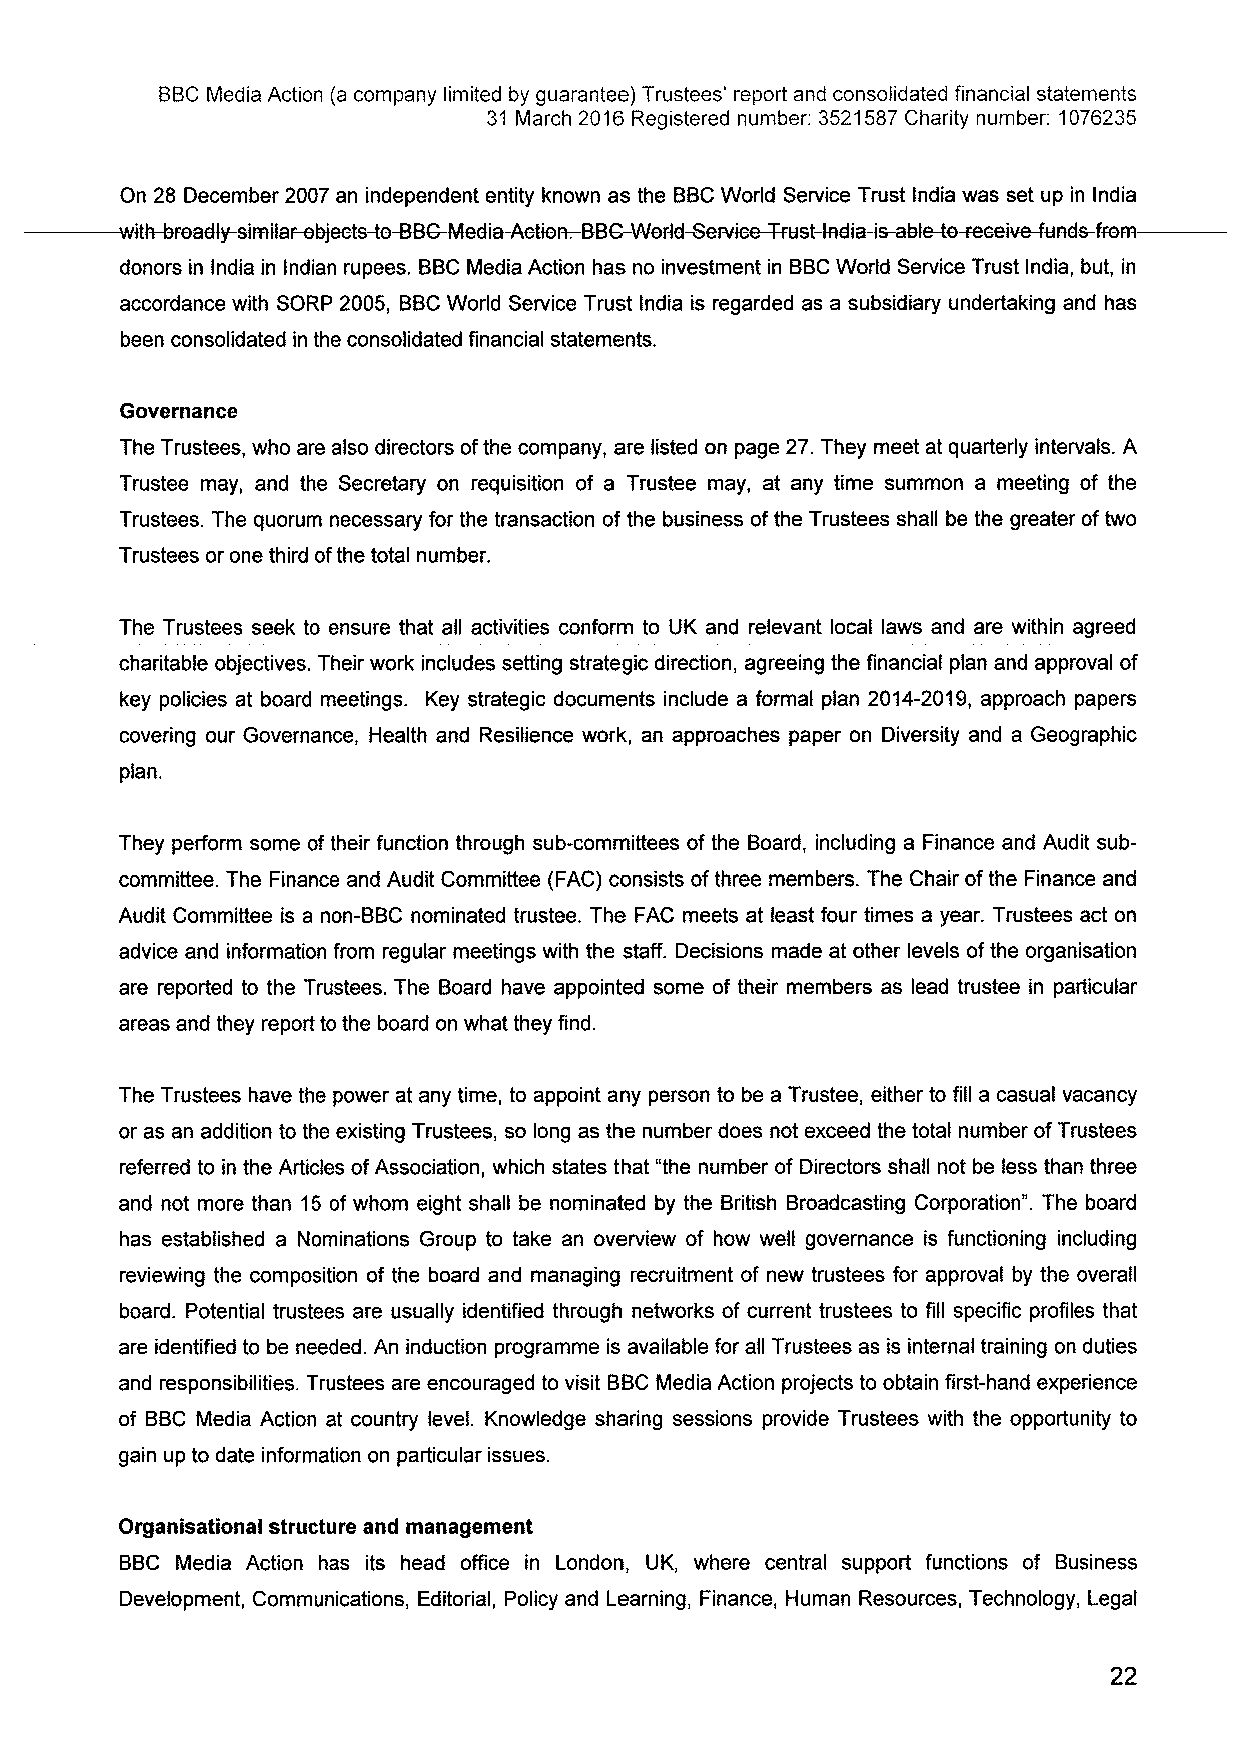
—BBCMedia       Action (a company limited by guarantee) Trustees' report and consolidated financial statements
 31 March 2016 Registered number: 3521587Charity number: 1076235
 On 28 December 2007 an independent entity known as the BBCWorld Service Trust India was set up in India
 vrtttrtsreadty-sinntarebjsstsdc-SSG-Media-Actien SSCWertd&ewiceTrust-indra-iseelefe-reseivefunds-frere
 —.
 donors in India in indian rupees. BBCMedia Action has no investment in BBCWorld Service Trust india, but, in
 accordance with SORP 2005, BBCWorld Service Trust India is regarded as a subsidiary undertaking and has
 been consolidated in the consolidated financial statements.
 Governance
 The Trustees, who are also directors ofthe company, are listed on page 27.They meet at quarterly intervals. A
 Trustee may, and the Secretary on requisition of a Trustee may, at any time summon a meeting of the
 Trustees. The quorum necessary for the transaction of the business ofthe Trustees shall be the greater oftwo
 Trustees or one third ofthe total number.
 The Trustees seek to ensure that all activities conform to UK and relevant local laws and are within agreed
 charitable objectives. Their work includes setting strategic direction, agreeing the financial plan and approval of
 key policies at board meetings. Key strategic documents include a formal plan 2014-2019, approach papers
 covering our Governance, Health and Resilience work, an approaches paper on Diversity and a Geographic
 plan.
 They perform some of their function through sub-committees of the Board, including a Finance and Audit sub-
 committee. The Finance and Audit Committee (FAC) consists ofthree members. The Chair ofthe Finance and
 Audit Committee is a non-BBC nominated trustee. The FAC meets at least four times a year. Trustees act on
 advice and information from regular meetings with the staff. Decisions made at other levels ofthe organisation
 are reported to the Trustees. The Board have appointed some of their members as lead trustee in particular
 areas and they report to the board on what they find.
 The Trustees have the power at any time, to appoint any person to be a Trustee, either to fill a casual vacancy
 or as an addition to the existing Trustees, so long as the number does not exceed the total number ofTrustees
 referred to in the Articles ofAssociation, which states that "the number of Directors shall not be less than three
 and not more than 15 of whom eight shall be nominated by the British Broadcasting Corporation". The board
 has established a Nominations Group to take an overview of how well governance is functioning including
 reviewing the composition of the board and managing recruitment of new trustees for approval by the overall
 board. Potential trustees are usually identified through networks of current trustees to fill specific profiles that
 are identified to be needed. An induction programme is available for all Trustees as is internal training on duties
 and responsibilities. Trustees are encouraged to visit BBCMedia Action projects to obtain first-hand experience
 of BBC Media Action at country level. Knowledge sharing sessions provide Trustees with the opportunity to
 gain up to date information on particular issues.
 Organisational structure and management
 BBC Media Action has its head office in London, UK, where central support functions of Business
 Development, Communications, Editorial, Policy and Learning, Finance, Human Resources, Technology, Legal
 22